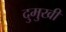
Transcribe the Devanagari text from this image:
दुमुखी